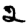
Digit: 2